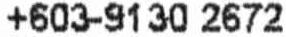
+603-9130 2672